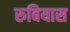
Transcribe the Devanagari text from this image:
रुबियास